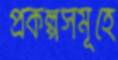
প্রকল্পসমূহে